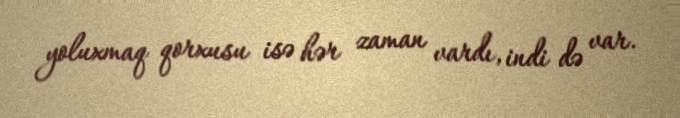
yoluxmaq qorxusu isə hər zaman vardı, indi də var.